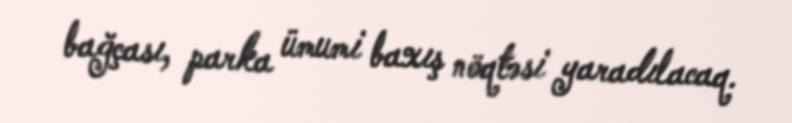
bağçası, parka ümumi baxış nöqtəsi yaradılacaq.